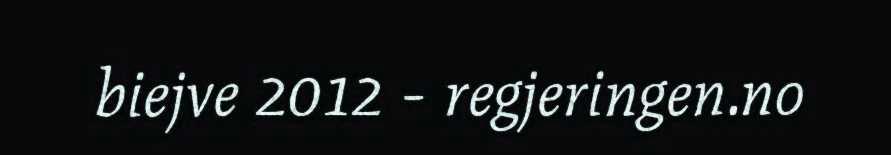
biejve 2012 - regjeringen.no